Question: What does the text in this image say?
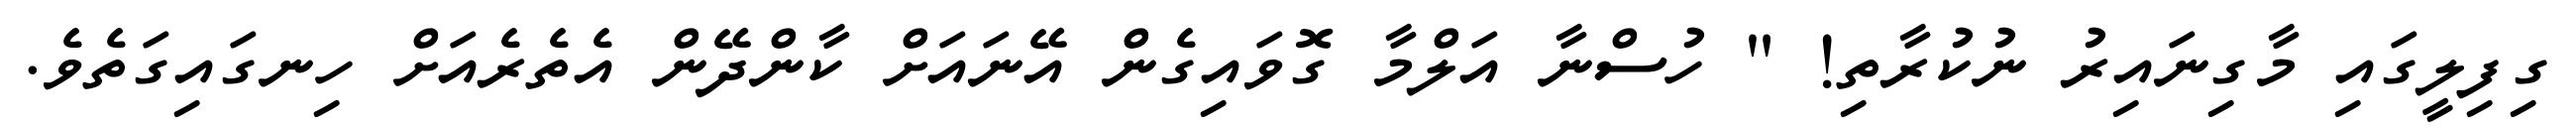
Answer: ގިފިލީގައި މާގިނައިރު ނުކުރާތި! " ހުސްނާ އަލްމާ ގޮވައިގެން އޭނައަށް ކާންދޭން އެތެރެއަށް ހިނގައިގަތެވެ.